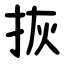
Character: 拻